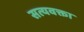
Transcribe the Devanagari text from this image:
सत्यवक्ता